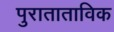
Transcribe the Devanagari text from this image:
पुराताताविक